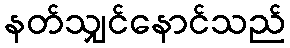
နတ်သျှင်နောင်သည်